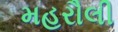
મહરૌલી